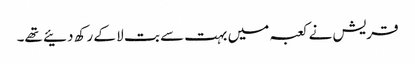
قریش نے کعبہ میں بہت سے بت لا کے رکھ دئیے تھے۔